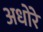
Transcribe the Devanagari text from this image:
अधोरे